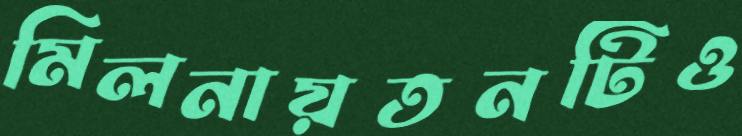
মিলনায়তনটিও